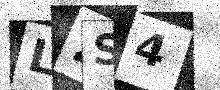
Text: L2S4